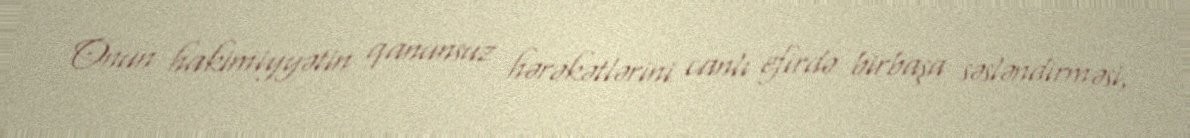
Onun hakimiyyətin qanunsuz hərəkətlərini canlı efirdə birbaşa səsləndirməsi,